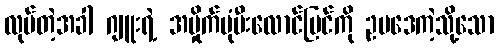
လုပ်တဲ့အခါ ဂျူးရဲ့ အမှိုက်ပုံမီးလောင်ပြင်ကို ဥပဒေကဲ့သို့သော